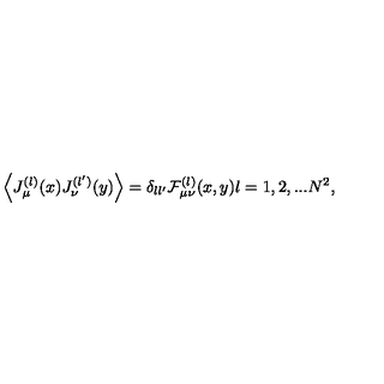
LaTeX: \Big \langle J _ { \mu } ^ { ( l ) } ( x ) J _ { \nu } ^ { ( l ^ { \prime } ) } ( y ) \Big \rangle = \delta _ { l l ^ { \prime } } { \cal F } _ { \mu \nu } ^ { ( l ) } ( x , y ) l = 1 , 2 , . . . N ^ { 2 } ,